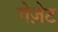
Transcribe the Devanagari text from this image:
गेज़ेट